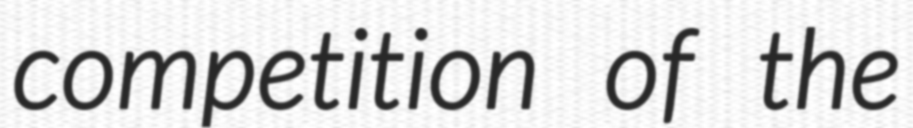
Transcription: competition of the